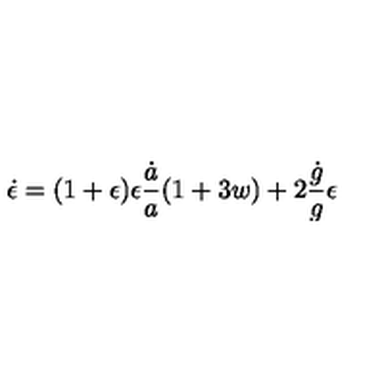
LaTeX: \dot { \epsilon } = ( 1 + \epsilon ) \epsilon { \frac { \dot { a } } { a } } { \left( 1 + 3 w \right) } + 2 { \frac { \dot { g } } { g } } \epsilon